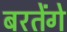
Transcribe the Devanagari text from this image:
बरतेंगे